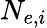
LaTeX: N_{e,i}